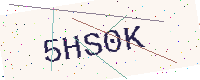
Text: 5HS0K